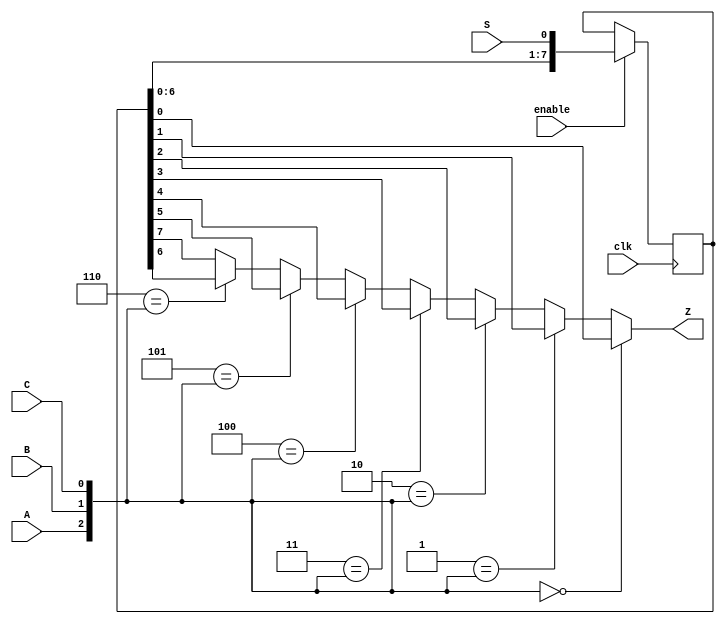
module top_module 
(
    input 			clk,
    input 			enable,
    input 			S,
    input 			A, B, C,
    
    output 			Z
); 
    
    reg		[7:0]	Q;
    wire	[2:0]	in	=	{A, B, C};
    
    always	@	( posedge clk ) begin
        if ( enable )
            Q	<=	{Q[6:0], S};
        else
            Q	<=	Q;
    end // always
    
  assign	Z	=	( 3'b000 == in )	?	Q[0]	:
    ( 3'b001 == in )	?	Q[1]	:
    ( 3'b010 == in )	?	Q[2]	:
    ( 3'b011 == in )	?	Q[3]	:
    ( 3'b100 == in )	?	Q[4]	:
    ( 3'b101 == in )	?	Q[5]	:
    ( 3'b110 == in )	?	Q[6]	:
									        Q[7];

endmodule